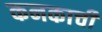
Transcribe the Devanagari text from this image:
कनकाची